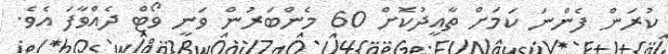
ކުރަން ފެންނަ ކަމަށް ތާއީދުކޮށް 60 މެންބަރުން ވަނީ ވޯޓް ދެއްވާފަ އެވެ.